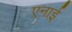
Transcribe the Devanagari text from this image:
एनाई